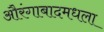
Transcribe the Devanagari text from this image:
औरंगाबादमधला